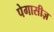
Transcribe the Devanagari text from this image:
पेगासीज़